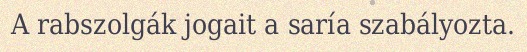
A rabszolgák jogait a saría szabályozta.